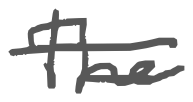
Text: The
Cross-out: double-line
Writing tool: digital_gray